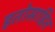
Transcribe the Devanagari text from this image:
हतोसाहित